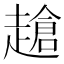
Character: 𧽜